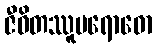
ဇီဝိတဿူပရောဓော